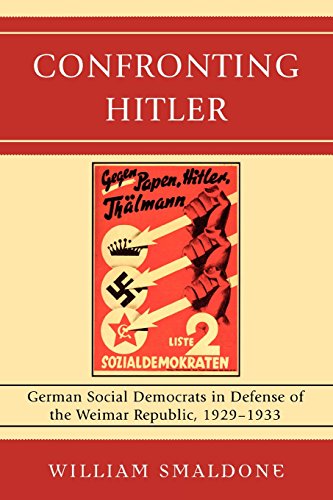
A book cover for Confronting Hitler: German Social Democrats in Defense of the Weimar Republic, 1929-1933; William Smaldone; History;